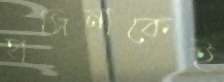
হাসিনাকেই